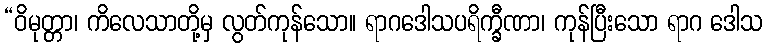
“ဝိမုတ္တာ၊ ကိလေသာတို့မှ လွတ်ကုန်သော။ ရာဂဒေါသပရိက္ခီဏာ၊ ကုန်ပြီးသော ရာဂ ဒေါသ